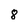
Character: 8